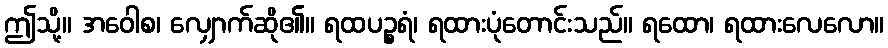
ဤသို့။ အဝေါစ၊ လျှောက်ဆို၏။ ရထပဉ္စရံ၊ ရထားပုံတောင်းသည်။ ရထော၊ ရထားလေလော။